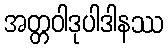
အတ္တဝါဒုပါဒါနဿ